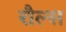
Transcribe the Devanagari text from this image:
रौल्स